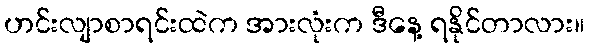
ဟင်းလျာစာရင်းထဲက အားလုံးက ဒီနေ့ ရနိုင်တာလား။